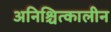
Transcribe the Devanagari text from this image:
अनिश्चित्कालीन